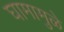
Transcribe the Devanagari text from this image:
घामामुळे